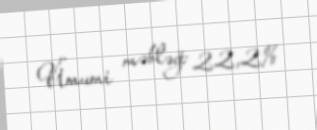
Ümumi məbləğ: 22,2%